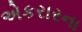
એકરારના